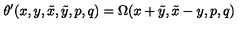
\theta ^ { \prime } ( x , y , \tilde { x } , \tilde { y } , p , q ) = \Omega ( x + \tilde { y } , \tilde { x } - y , p , q )